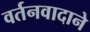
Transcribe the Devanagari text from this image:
वर्तनवादाने